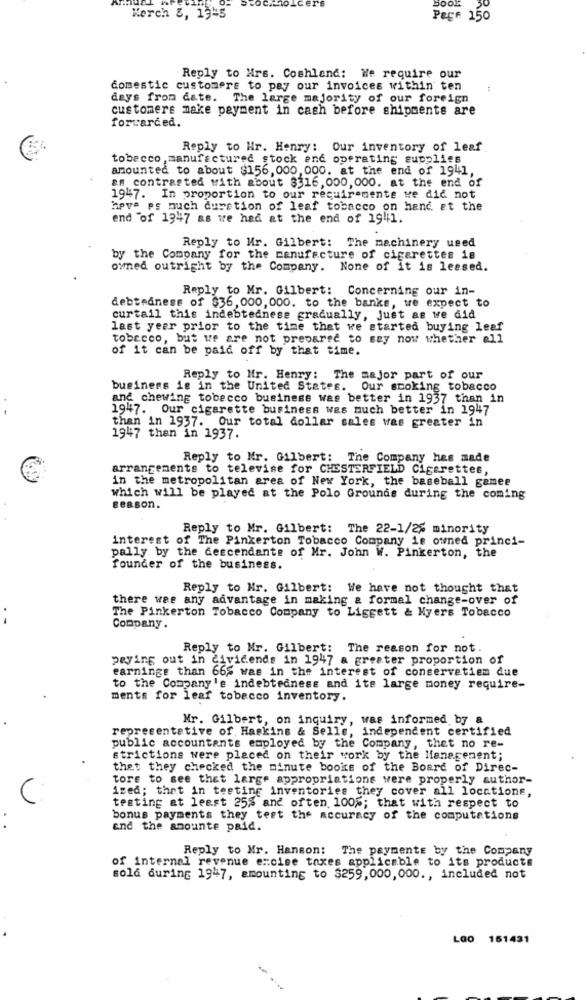
BOOL
Kerch 8, 1945
PRE# 150
Reply to Hrs. Coshland: We require our
domestic customers to pay our invoices within ten
days from date. The large majority of our foreign
customers make payment in cash before shipmente are
forwarded.
Reply to Wr. Henry: Our inventory of leaf
tobacco, manufactured stock and operating supplies
amounted to about $156, 000, 000. at the end of 1941,
en contrasted with about 3316,000, 000. at the end of
1947. In proportion to our requirements we did not
hove ps much durction of leaf tobacco on hand at the
end "of 1347 as we had at the end of 1941.
Reply to Mr. Gilbert: The machinery used
by the Company for the manufacture of cigarettes 18
owed outright by the Company. None of it is leased.
Reply to Mr. Gilbert: Concerning our in-
debtedness of $36,000, 000. to the banks, we expect to
curtail this indebtednese gradually, just as we did
last year prior to the time that we started buying leaf
tobacco, but we are not prepared to say now whether all
of it can be paid off by that time.
Reply to Mr. Henry: The major part of our
business is in the United States.
Our smoking tobacco
and chewing tobecco business was better in 1937 than in
1947. Our cigarette business was much better in 1947
than in 1937. Our total dollar sales was greater in
1947 then in 1937.
Reply to Mr. Gilbert: The Company has made
arrangements to televise for CHESTERFIELD Cigarettes,
in the metropolitan area of New York, the baseball gamee
which will be played at the Polo Grounds during the coming
season.
Reply to Mr. Gilbert: The 22-1/2% minority
interest of The Pinkerton Tobacco Company is owned princi-
pally by the descendante of Mr. John W. Pinkerton, the
founder of the business.
Reply to Hr. Gilbert: We have not thought that
there wee any advantage in making & formal change-over of
The Pinkerton Tobacco Company to Liggett & Nyers Tobacco
Company.
Reply to Mr. Gilbert: The reason for not.
peying out in dividends in 1947 & greater proportion of
earnings than 665 was in the interest of conservetiem due
to the Company's indebtedness and its large money require-
ments for leaf tobacco inventory.
Mr. Gilbert, on inquiry, was informed by a
representative of. Haskins & Selle, independent certified
public accountants employed by the Company, thet no re-
strictions were placed on their work by the Management;
thet they checked the minute books of the Board of Direc-
tore to see thet large appropriations were properly author-
ized; that in testing inventories they cover all locations,
testing at least 25% and often 100%; that with respect to
bonus payments they test the accuracy of the computations
and the amounte paid.
Reply to Mr. Hanson: The paymente by the Company
of internal revenue excise taxes applicable to its products
sold during 1947, amounting to $259,000, 000 ., included not
LOO 151431